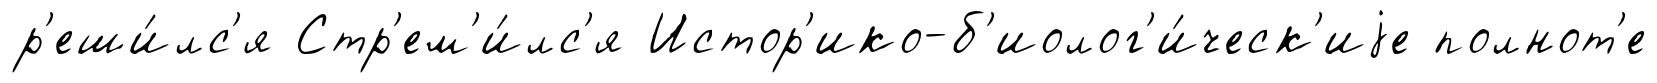
р'еши́лс'я Стр'ем'и́лс'я Истор'ико-б'иолог'и́ческ'иjе полнот'е